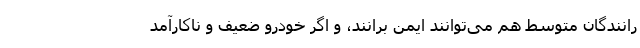
رانندگان متوسط هم می‌توانند ایمن برانند، و اگر خودرو ضعیف و ناکارآمد